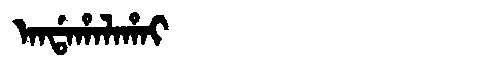
Manchu: ᠠᠨᡩᠠᡥᠠᠯᠠᡥᠠᡳ
Romanization: ANDAHALAHAI